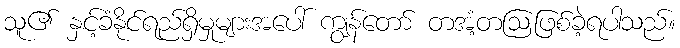
သူ၏ နှင့်ခံနိုင်ရည်ရှိမှုများအပေါ် ကျွန်တော် တအံ့တဩဖြစ်ခဲ့ရပါသည်။